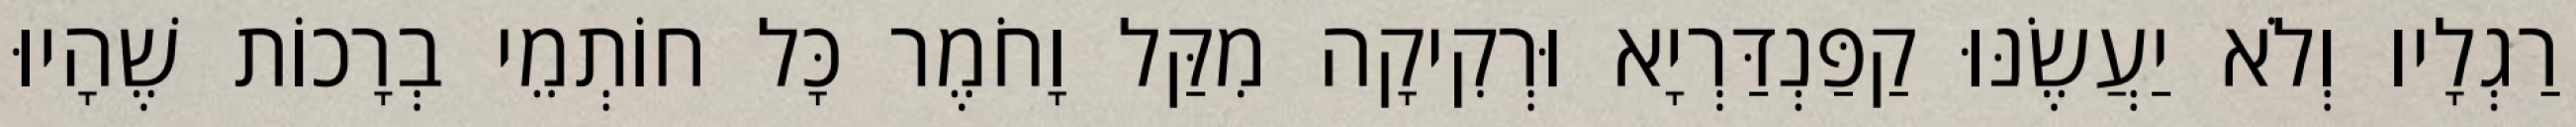
רַגְלָיו וְלֹא יַעֲשֶׂנּוּ קַפַּנְדַּרְיָא וּרְקִיקָה מִקַּל וָחֹמֶר כָּל חוֹתְמֵי בְרָכוֹת שֶׁהָיוּ